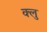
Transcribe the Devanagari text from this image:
क्लु